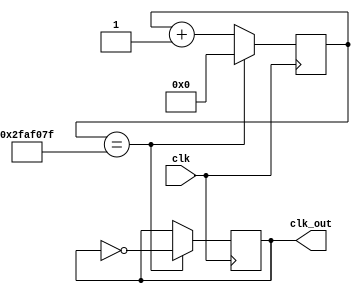
module bpm_controller #(
    parameter bpm = 60
)(
    input wire  clk,
    output reg clk_out  
);

    reg [32:0] num;
    reg  [32:0] next_num;
    
    always @(posedge clk) begin
        num <= next_num;
    end

    always @(posedge clk) begin
        if(num == (100000000*30/bpm)-1) clk_out <= ~clk_out;
        else clk_out <= clk_out;
    end

    always @* begin
        if(num == (100000000*30/bpm)-1) next_num = 0;
        else next_num = num+1;
    end
    
endmodule